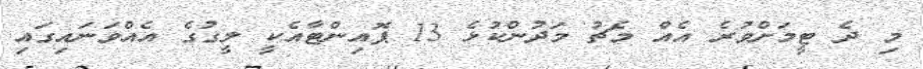
މި ދެ ޓީމަށްވުރެ އެއް މެޗު މަދުންކުޅެ 13 ޕޮއިންޓާއެކީ ލީގުގެ އެއްވަނައިގައި